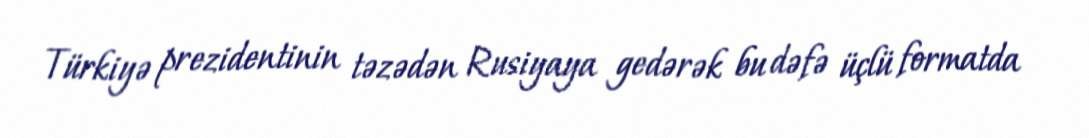
Türkiyə prezidentinin təzədən Rusiyaya gedərək bu dəfə üçlü formatda